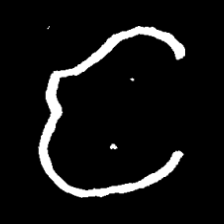
Pyu character \u2014 Myanmar letter: င (romanized: nga)